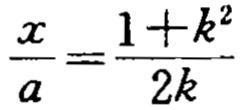
$\frac{x}{a}=\frac{1 + k^{2}}{2k}$